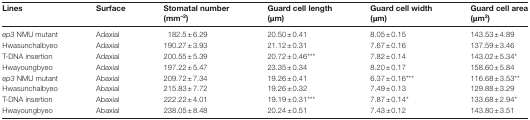
<table><thead><tr><td><b>Lines</b></td><td><b>Surface</b></td><td><b>Stomatal number(mm<sup>–2</sup>)</b></td><td><b>Guard cell length(μm)</b></td><td><b>Guard cell width(μm)</b></td><td><b>Guard cell area(μm<sup>2</sup>)</b></td></tr></thead><tbody><tr><td><i>ep3</i> NMU mutant</td><td>Adaxial</td><td>182.5±6.29</td><td>20.50±0.41</td><td>8.05±0.15</td><td>143.53±4.89</td></tr><tr><td>Hwasunchalbyeo</td><td>Adaxial</td><td>190.27±3.93</td><td>21.12±0.31</td><td>7.67±0.16</td><td>137.59±3.46</td></tr><tr><td>T-DNA insertion</td><td>Adaxial</td><td>200.55±5.39</td><td>20.72±0.46***</td><td>7.82±0.14</td><td>143.02±5.34*</td></tr><tr><td>Hwayoungbyeo</td><td>Adaxial</td><td>197.22±5.47</td><td>23.35±0.34</td><td>8.20±0.17</td><td>158.60±5.84</td></tr><tr><td><i>ep3</i> NMU mutant</td><td>Abaxial</td><td>209.72±7.34</td><td>19.26±0.41</td><td>6.37±0.16***</td><td>116.68±3.53**</td></tr><tr><td>Hwasunchalbyeo</td><td>Abaxial</td><td>215.83±7.72</td><td>19.26±0.32</td><td>7.49±0.13</td><td>129.88±3.29</td></tr><tr><td>T-DNA insertion</td><td>Abaxial</td><td>222.22±4.01</td><td>19.19±0.31***</td><td>7.87±0.14*</td><td>133.68±2.94*</td></tr><tr><td>Hwayoungbyeo</td><td>Abaxial</td><td>238.05±8.48</td><td>20.24±0.51</td><td>7.43±0.12</td><td>143.80±3.51</td></tr></tbody></table>